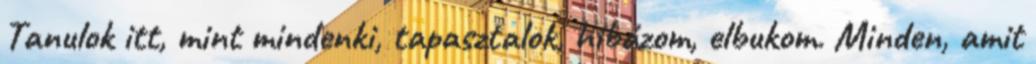
Tanulok itt, mint mindenki, tapasztalok, hibázom, elbukom. Minden, amit